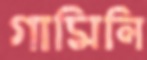
গামিনি